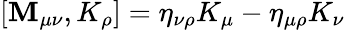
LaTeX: [\mathbf{M}_{\mu\nu},K_{\rho}]=\eta_{\nu\rho}K_{\mu}-\eta_{\mu\rho}K_{\nu}